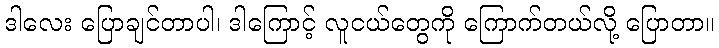
ဒါလေး ပြောချင်တာပါ၊ ဒါကြောင့် လူငယ်တွေကို ကြောက်တယ်လို့ ပြောတာ။